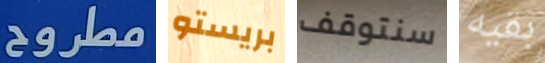
مطروح بريستو سنتوقف بقيه